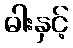
ဓါးနှင့်